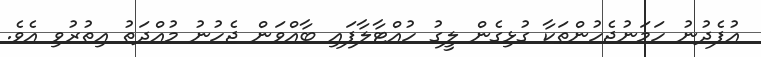
އުފެދުނު ހަމަނުޖެހުންތަކާ ގުޅިގެން ލީގު ހުއްޓާލާފައި ބާއްވަން ޖެހުނު މުއްދަތު އިތުރުވި އެވެ.